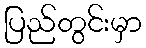
ပြည်တွင်းမှာ